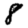
Digit: 8